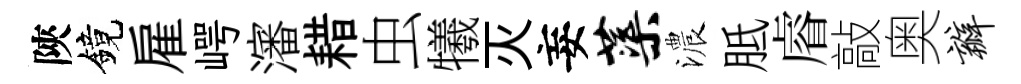
陝鏡雇崿瀋耤虫犧灭妄蕖濃胝𥈠敲奥瓣